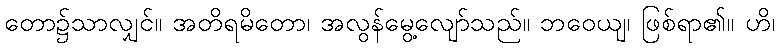
တော၌သာလျှင်။ အတိရမိတော၊ အလွန်မွေ့လျော်သည်။ ဘဝေယျ၊ ဖြစ်ရာ၏။ ဟိ၊